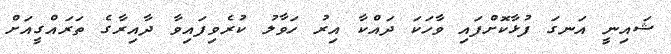
ޝައިނީ އަނގަ ފުޅާކޮށްފައި ވާހަކަ ދައްކާ އިރު ހަވާލު ކުރެވިފައިވާ ދާއިރާގެ ތަރައްގީއަށް